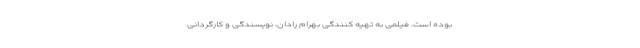
بوده است. فیلمی به تهیه‌ کنندگی بهرام رادان، نویسندگی و کارگردانی